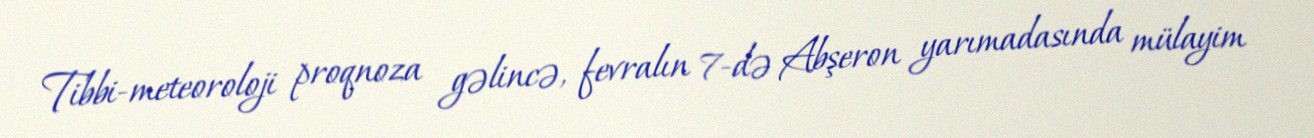
Tibbi-meteoroloji proqnoza gəlincə, fevralın 7-də Abşeron yarımadasında mülayim